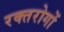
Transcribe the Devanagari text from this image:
रक्तरोगों